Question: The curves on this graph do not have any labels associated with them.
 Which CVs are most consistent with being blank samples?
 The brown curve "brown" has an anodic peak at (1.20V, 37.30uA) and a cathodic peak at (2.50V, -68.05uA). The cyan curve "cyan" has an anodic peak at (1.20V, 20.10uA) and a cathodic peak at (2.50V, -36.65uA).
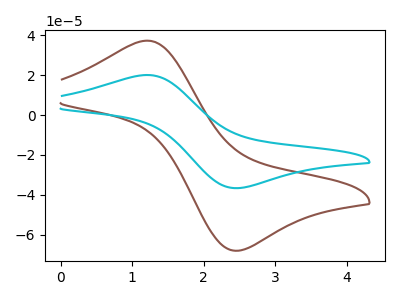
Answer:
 <answer>There are not any CV's on this graph that are likely to be blanks.</answer>
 <eval>none</eval>